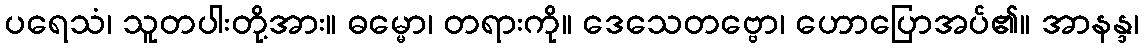
ပရေသံ၊ သူတပါးတို့အား။ ဓမ္မော၊ တရားကို။ ဒေသေတဗ္ဗော၊ ဟောပြောအပ်၏။ အာနန္ဒ၊